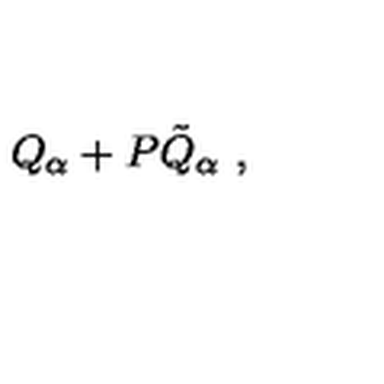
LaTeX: Q _ { \alpha } + P { \tilde { Q } } _ { \alpha } \ ,